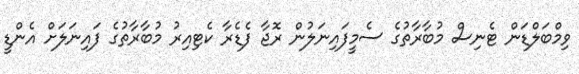
ވިމްބަލްޑަން ޓެނިސް މުބާރާތުގެ ސެމީފައިނަލުން ރޮޖާ ފެޑެރާ ކެޓިއިރު މުބާރާތުގެ ފައިނަލަށް އެންޑީ